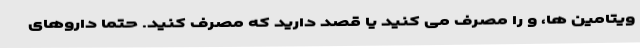
ویتامین ها، و را مصرف می کنید یا قصد دارید که مصرف کنید. حتما داروهای